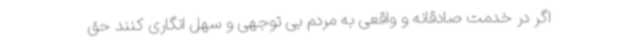
اگر در خدمت صادقانه و واقعی به مردم بی توجهی و سهل انگاری کنند حق